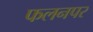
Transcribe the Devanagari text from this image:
फलनपर